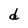
Character: d